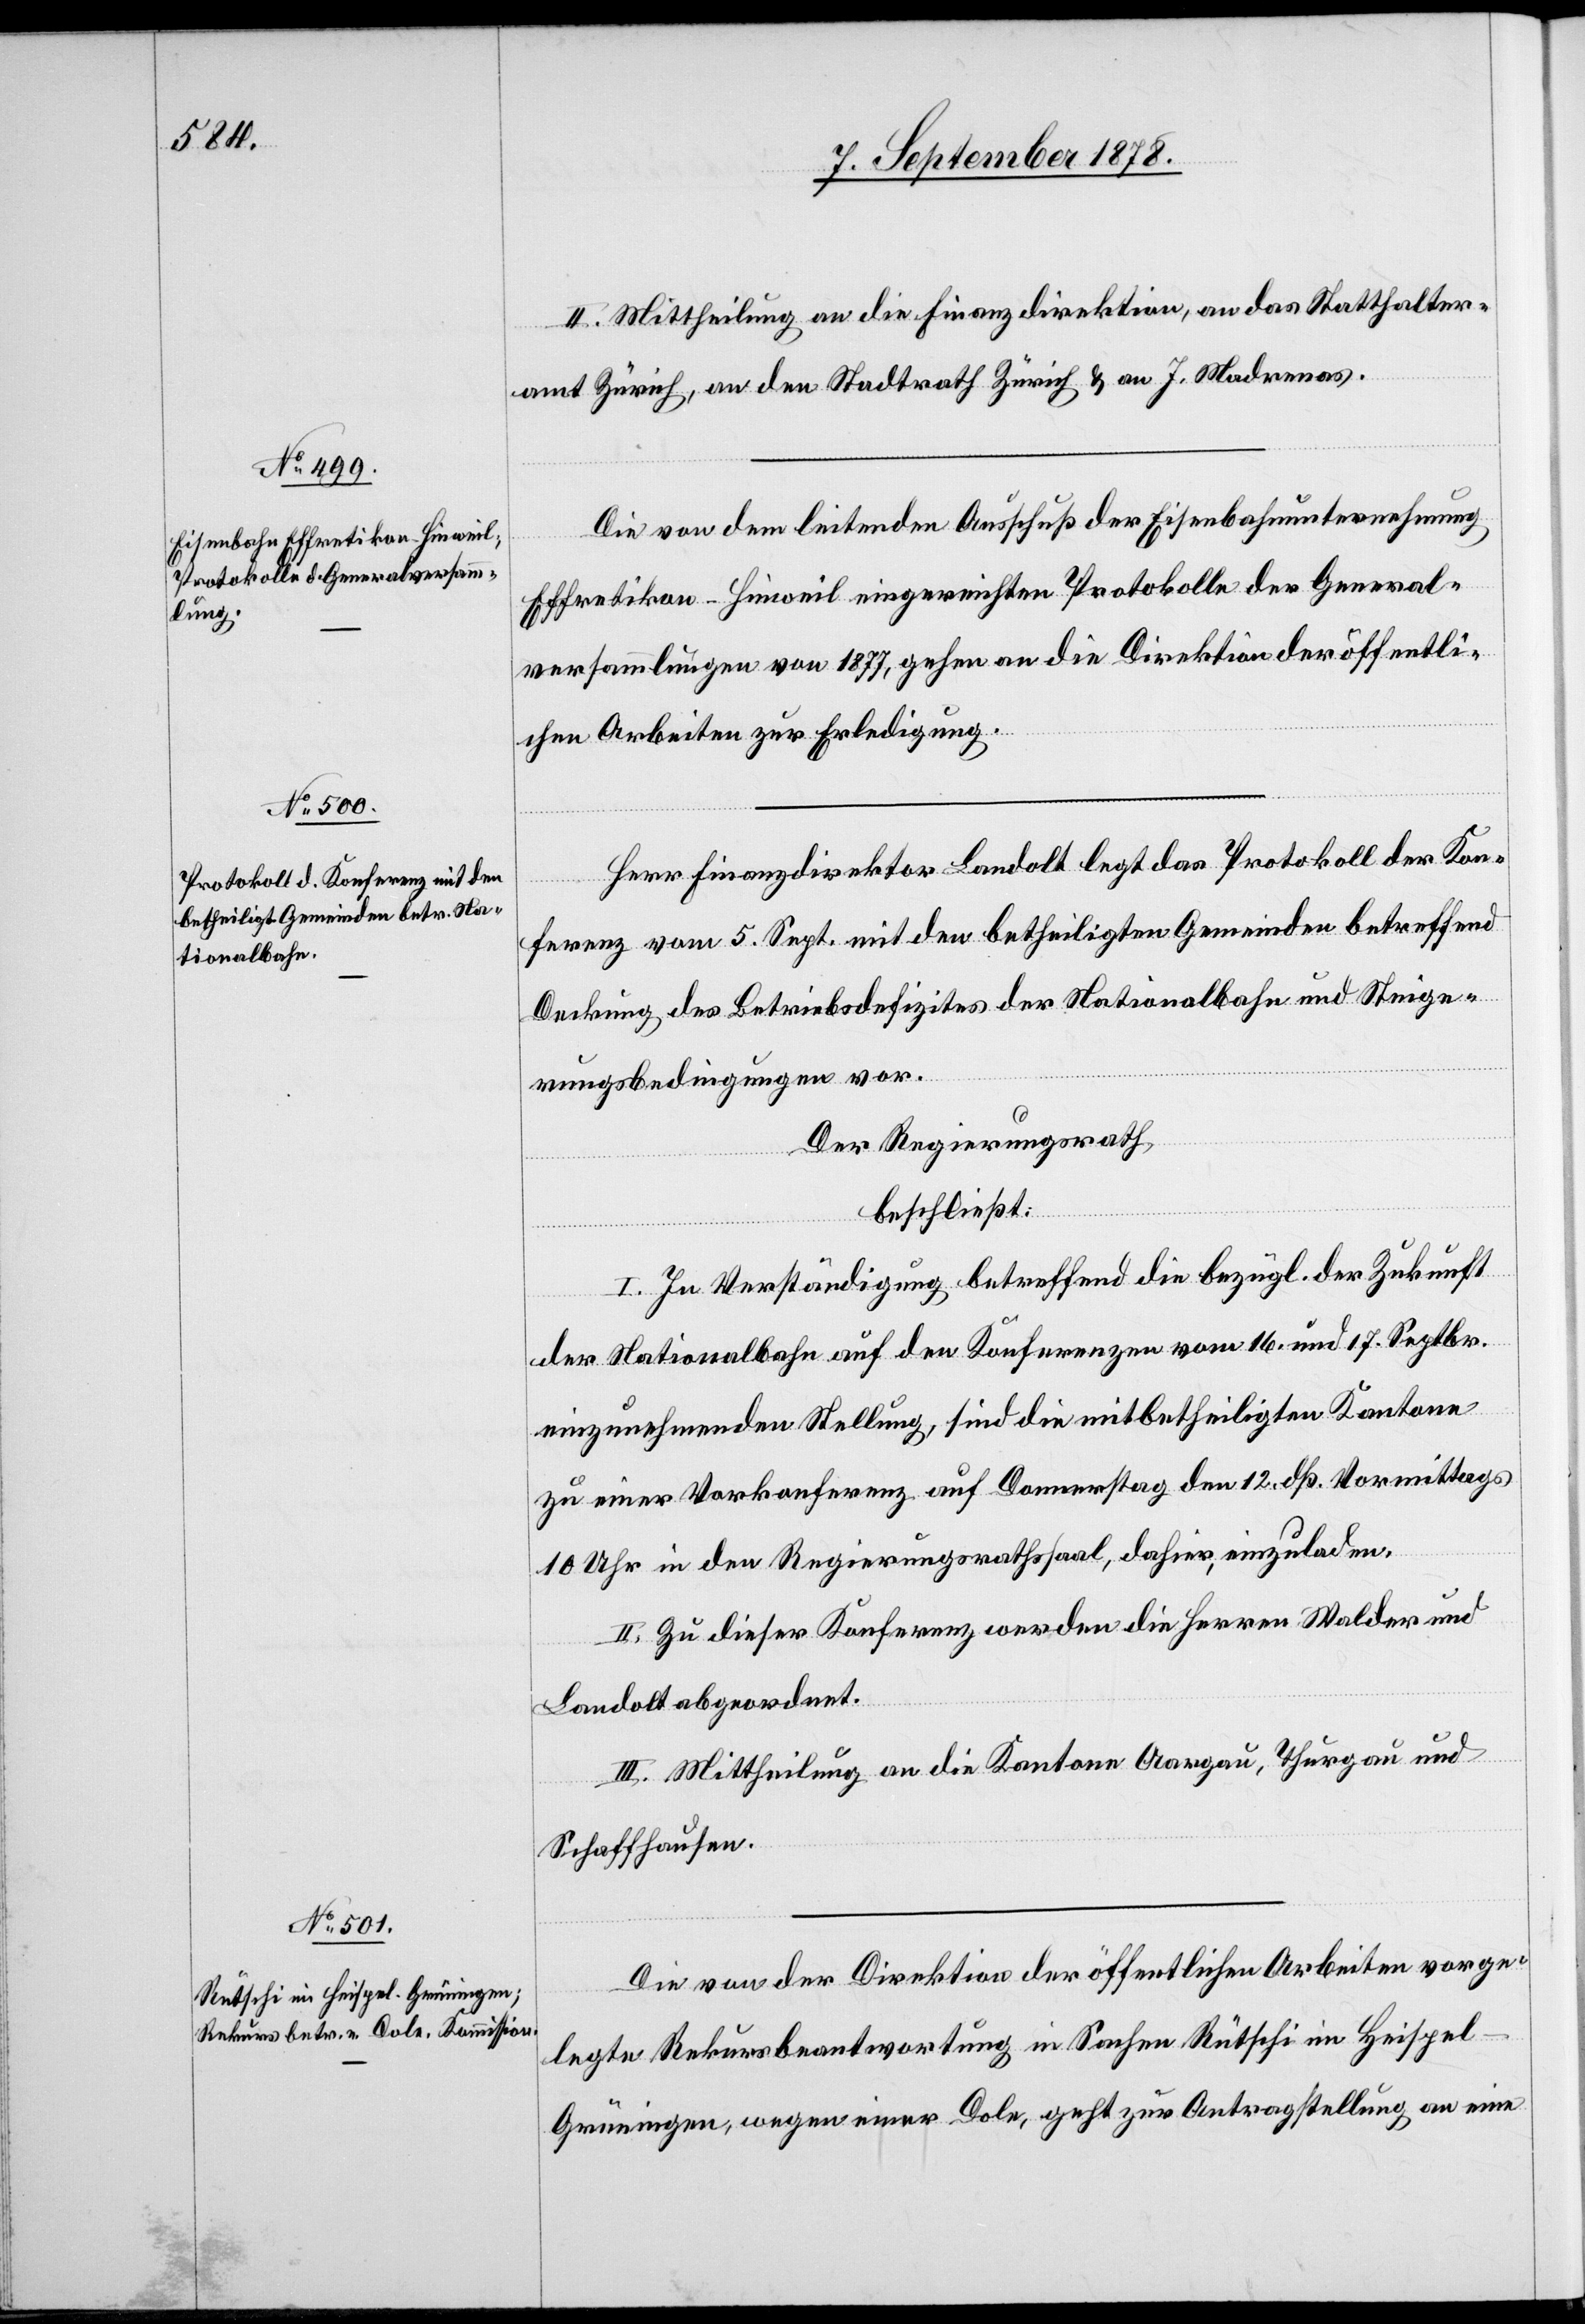
2.] Mittheilung an die Finanzdirektion, an das Statthalter¬
amt Zürich, an den Stadtrath Zürich & an J. Madrenas.
Die von dem leitenden Ausschuß der Eisenbahnunternehmung
Effretikon–Hinweil eingereichten Protokolle der General¬
versammlungen von 1877, gehen an die Direktion der öffentli¬
chen Arbeiten zur Erledigung.
Herr Finanzdirektor Landolt legt das Protokoll der Kon¬
ferenz vom 5. Sept. mit den betheiligten Gemeinden betreffend
Deckung des Betriebsdefizites der Nationalbahn und Steige¬
rungsbedingungen vor.
Der Regierungsrath
beschließt:
I. In Verständigung betreffend die bezügl. der Zukunft
der Nationalbahn auf den Konferenzen vom 16. und 17. Septbr.
einzunehmenden Stellung, sind die mitbetheiligten Kantone
zu einer Vorkonferenz auf Donnerstag den 12. dß. Vormittags
10 Uhr in den Regierungsrathsaal, dahier, einzuladen.
II. Zu dieser Konferenz werden die Herren Walder und
Landolt abgeordnet.
III. Mittheilung an die Kantone Aargau, Thurgau und
Schaffhausen.
Die von der Direktion der öffentlichen Arbeiten vorge¬
legte Rekursbeantwortung in Sachen Rütschi im Heispel
Grüningen, wegen einer Dole, geht zur Antragstellung an eine